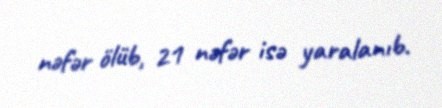
nəfər ölüb, 21 nəfər isə yaralanıb.